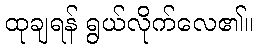
ထုချရန် ရွယ်လိုက်လေ၏။